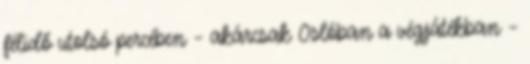
félidő utolsó percében – akárcsak Oslóban a végjátékban –